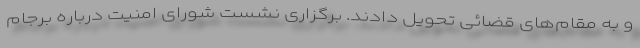
و به مقام‌های قضائی تحویل دادند. برگزاری نشست شورای امنیت درباره برجام